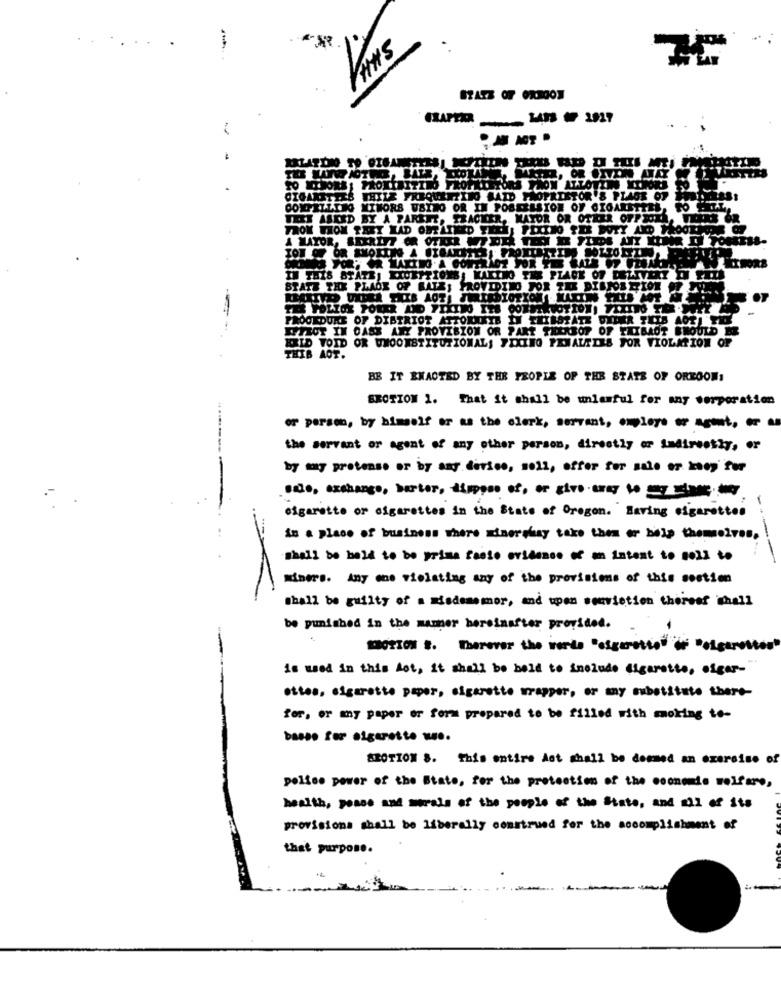
SHHA
MAT, OR OTTON ATA
TO HIPORE: PROX
OTOIN CONORI
CIGARETTES WHILE FREQUENTING SADD F
OR 8 PLAGE OF
COMPELLING MINORS USING OR IN POBELLSION OF CIGARETTES, TO CELL.
TEXT ASKED BY A PARENT, TRACKER, MAYOR OR OTHER OFPTOEN, WEEKS OR
FROM WHOM TAET HAD OFRAINED FE PEXINO SER DOTY AND THOOT
A MAYOR, SERIE OR OTHER WISE TERLES PLUS ATY KILER D TORRES
CONS YOR; OR MAKING A CONTRAOZ FOR
IN THIS STATE, EXCEPTIONS; KAKINO THE PLACE OF DEZAEVERY IN RETS
STATE THE PLAGE OF BALE; PROVIDING FOR THE DISPOS RION PI
PROCEDURE OF DISTRICT ATTORNEYB IN THISSTATE DIDER THIS ACT! FICK
EFFECT IN CASE ANY PROVISION OR PART THEREOF OF TRIBAOT SHOULD BE
KRID TOID OR WHOONSTITUTIONAL; FIXING PENALTIES FOR VIOLATION OF
THIB AOT.
BE IT ENACTED BY THE PEOPLE OF THE STATE OF OREGONI
ERCTION 1. That it shall be unlawful for any serporation
or persem, by himself or as the clerk, servant, employs or agent, or an
the servant or agent of any other person, directly or Indirectly, or
by muy pretense or by any device, so11, offer for sale er key for
-
sigarette or cigarettes in the State of Oregon. Having cigarettes
in a place of business where Einershay take them or help themselves.
shall be held to be prima facie evidence of an intent to soll to
miner's. Any one violating any of the provisions of this sostien
shall be guilty of a misdememor, and upen sonvietien thereef shall
be punished in the manner hereinafter provided.
MOTION S. Therover the verde "esgaretto" or "elgarottes"
is wel in this dot, it shall be held to include digarotte, ofgar-
ottes, sigarette paper, sigarette wrapper, or any substitute there-
for, or any paper or form prepared to be filled with moking to-
basso for sigarette we.
SROTION &. This entire Ast shall be deemed an exercise of
pollos power of the State, for the protection of the coonomie welfare,
health, peace and merals of the people of the State, and all of its
provisions shall be liberally construed for the accomplishment of
that purpose.